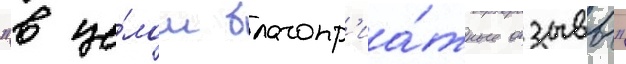
"в це́лом благопр'иа́тные отзывы"